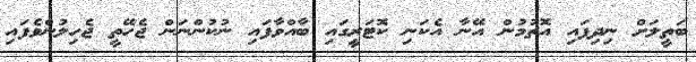
ބަތީލަށް ނިދިފައި އޮތުމުން އޭނާ އެކަނި ކޮޓަރީގައި ބާއްވާފައި ނުކުންނަން ޖެހޭތީ ޖެހިލުންވެފައި